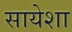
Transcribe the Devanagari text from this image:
सायेशा